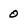
Character: 0